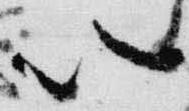
以